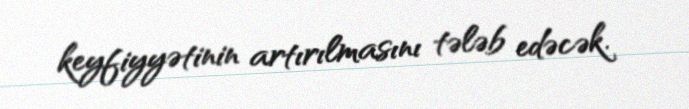
keyfiyyətinin artırılmasını tələb edəcək.